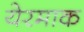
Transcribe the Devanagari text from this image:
येरमाक